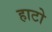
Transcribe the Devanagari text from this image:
हाटो